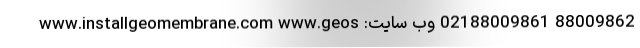
88009862 02188009861 وب سایت: www.installgeomembrane.com www.geos